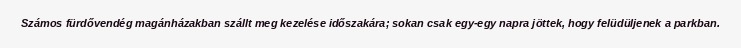
Számos fürdővendég magánházakban szállt meg kezelése időszakára; sokan csak egy-egy napra jöttek, hogy felüdüljenek a parkban.